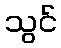
သွင်